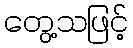
တွေ့သဖြင့်